Report on vaccination in the Province of Bengal - 1869-1873
Year: 1869
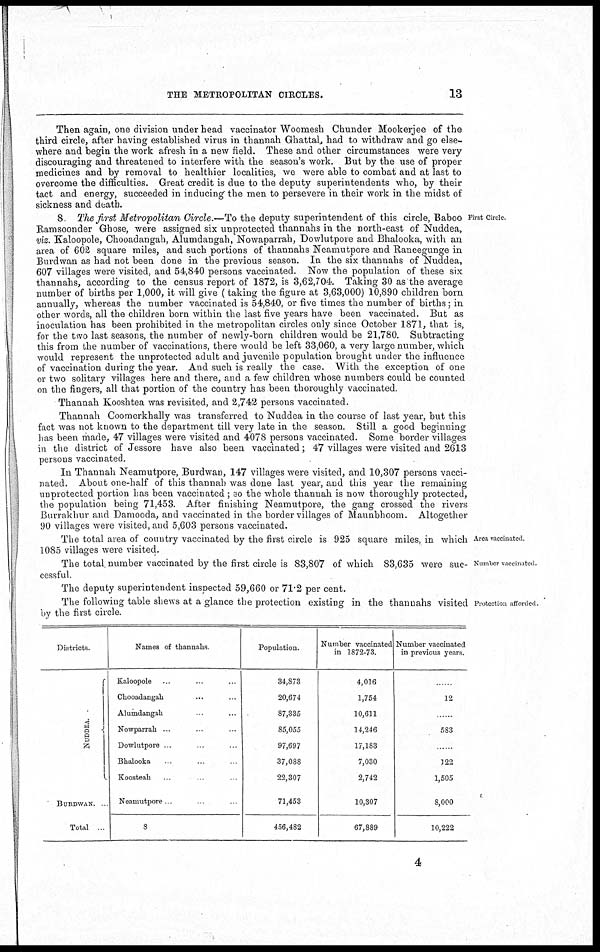
THE METROPOLITAN CIRCLES.
13
Then again, one division under head vaccinator Woomesh Chunder Mookerjee of the
third circle, after having established virus in thannah Ghattal, had to withdraw and go else-
where and begin the work afresh in a new field. These and other circumstances were very
discouraging and threatened to interfere with the season's work. But by the use of proper
medicines and by removal to healthier localities, we were able to combat and at last to
overcome the difficulties. Great credit is due to the deputy superintendents who, by their
tact and energy, succeeded in inducing the men to persevere in their work in the midst of
sickness and death.
First Circle
8 The first Metropolitan Circle.—To the deputy superintendent of this circle, Baboo
Ramsoonder Ghose, were assigned six unprotected thannahs in the north-east of Nuddea,
viz. Kaloopole, Chooadangah, Alumdangah, Nowaparrah, Dowlutpore and Bhalooka, with an
area of 602 square miles, and such portions of thannahs Neamutpore and Raneegunge in
Burdwan as had not been done in the previous season. In the six thannahs of Nuddea,
607 villages were visited, and 54,840 persons vaccinated. Now the population of these six
thannahs, according to the census report of 1872, is 3,62,704. Taking 30 as the average
number of births per 1,000, it will give (taking the figure at 3,63,000) 10,890 children born
annually, whereas the number vaccinated is 54,840, or five times the number of births; in
other words, all the children born within the last five years have been vaccinated. But as
inoculation has been prohibited in the metropolitan circles only since October 1871, that is,
for the two last seasons, the number of newly-born children would be 21,780. Subtracting
this from the number of vaccinations, there would be left 33,060, a very large number, which
would represent the unprotected adult and juvenile population brought under the influence
of vaccination during the year. And such is really the case. With the exception of one
or two solitary villages here and there, and a few children whose numbers could be counted
on the fingers, all that portion of the country has been thoroughly vaccinated.
Thannah Kooshtea was revisited, and 2,742 persons vaccinated.
Thannah Coomerkhally was transferred to Nuddea in the course of last year, but this
fact was not known to the department till very late in the season. Still a good beginning
has been made, 47 villages were visited and 4078 persons vaccinated. Some border villages
in the district of Jessore have also been vaccinated; 47 villages were visited and 2613
persons vaccinated.
In Thannah Neamutpore, Burdwan, 147 villages were visited, and 10,307 persons vacci-
nated. About one-half of this thannah was done last year, and this year the remaining
unprotected portion has been vaccinated; so the whole thannah is now thoroughly protected,
the population being 71,453. After finishing Neamutpore, the gang crossed the rivers
Burrakhur and Damooda, and vaccinated in the border villages of Maunbhoom. Altogether
90 villages were visited, and 5,603 persons vaccinated.
Area vaccinated
The total area of country vaccinated by the first circle is 925 square miles, in which
1085 villages were visited.
Number vaccinated.
The total number vaccinated by the first circle is 83,807 of which 83,635 were suc-
cessful.
The deputy superintendent inspected 59,660 or 71.2 per cent.
Protection afforded.
The following table shews at a glance the protection existing in the thannahs visited
by the first circle.
Districts
NUDDEA.
BURDWAN
Total
Names of thannahs
Kaloopole .. .. ..
Chooadangah .. .. ..
Alumdangah .. .. ..
Nowparrah .. .. ..
Dowlutpore .. .. ..
Bhalooka .. .. ..
Koosteah .. .. ..
Neamutpore .. ..
8
Population.
34,873
20,674
87,335
85,055
97,697
37,088
22,307
71,453
456,482
Number vaccinated
in 1872-73.
4,016
1,754
10,611
14,246
17,183
7,030
2,742
10,307
67,889
Number vaccinated
in previous years.
12
....
583
....
122
1,505
8,000
10,222
4